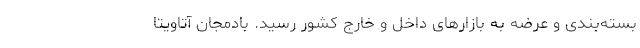
بسته‌بندی و عرضه به بازارهای داخل و خارج کشور رسید. بادمجان آتاویتا